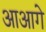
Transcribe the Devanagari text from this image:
आआगे